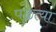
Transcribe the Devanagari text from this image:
पळत्या